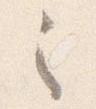
之